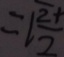
= 1 \frac { 2 + } { 2 }